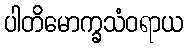
ပါတိမောက္ခသံဝရာယ